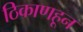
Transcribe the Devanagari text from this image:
ठिकाणहून